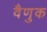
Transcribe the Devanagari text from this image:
वैणुक